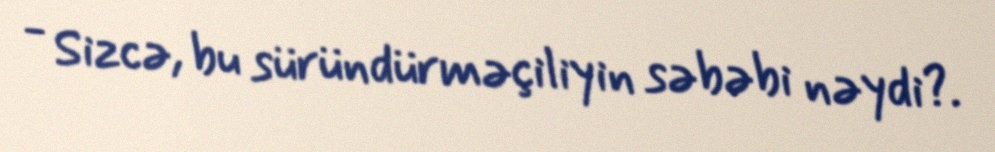
- Sizcə, bu süründürməçiliyin səbəbi nəydi?.